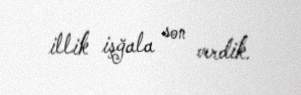
illik işğala son verdik.